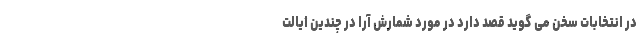
در انتخابات سخن می گوید قصد دارد در مورد شمارش آرا در چندین ایالت